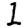
Digit: 1